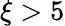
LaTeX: \xi>5